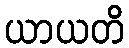
ယာယတိ